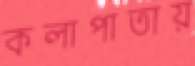
কলাপাতায়